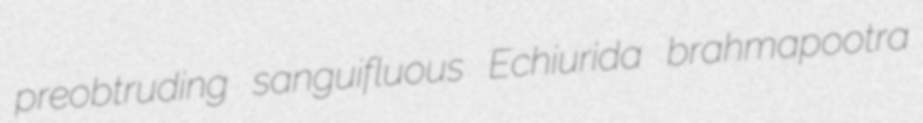
preobtruding sanguifluous Echiurida brahmapootra